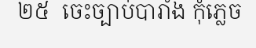
២៥  ចេះច្បាប់បារាំង កុំភ្លេច